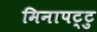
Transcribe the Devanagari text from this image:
मिनापट्टु